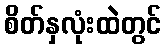
စိတ်နှလုံးထဲတွင်